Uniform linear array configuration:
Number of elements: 4
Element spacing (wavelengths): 0.5
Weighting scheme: hamming
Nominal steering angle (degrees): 0
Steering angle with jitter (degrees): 0.2664
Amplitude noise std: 0.05
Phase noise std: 0.05

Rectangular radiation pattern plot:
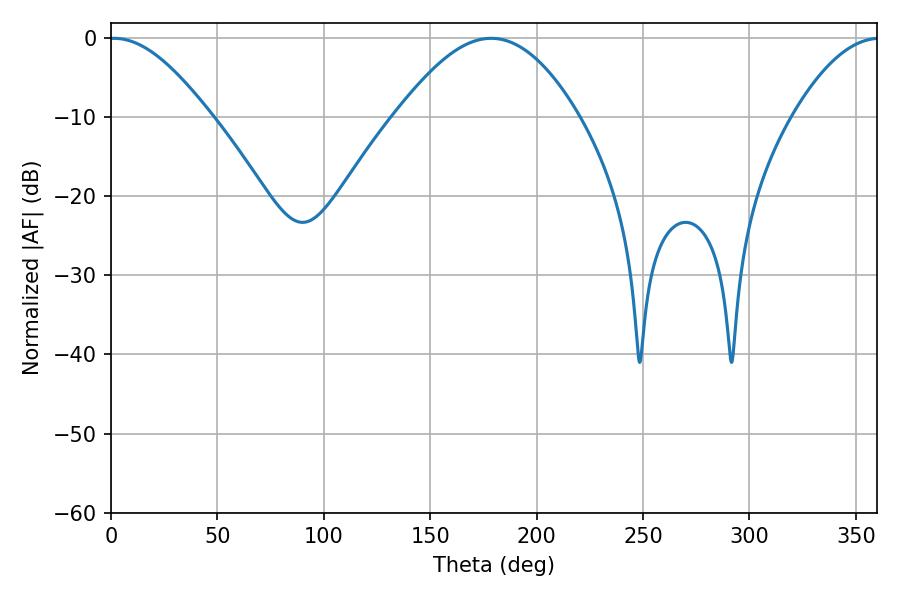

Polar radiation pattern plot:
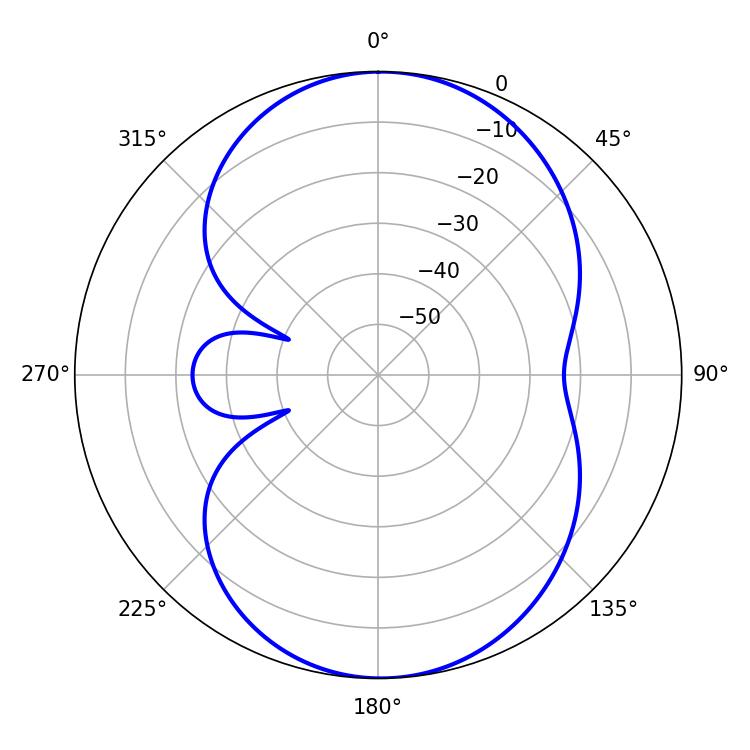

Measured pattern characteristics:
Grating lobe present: FALSE
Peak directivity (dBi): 13.557
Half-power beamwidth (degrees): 25.2
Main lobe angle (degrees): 1.44